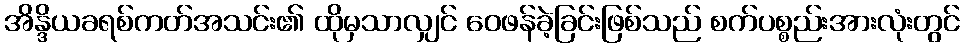
အိန္ဒိယခရစ်ကတ်အသင်း၏ ထိုမှသာလျှင် ဝေဖန်ခဲ့ခြင်းဖြစ်သည် စက်ပစ္စည်းအားလုံးတွင်